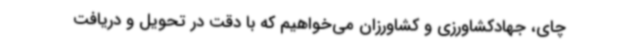
چای، جهادکشاورزی و کشاورزان می‌خواهیم که با دقت در تحویل و دریافت